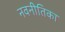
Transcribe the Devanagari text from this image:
नवनीतिका